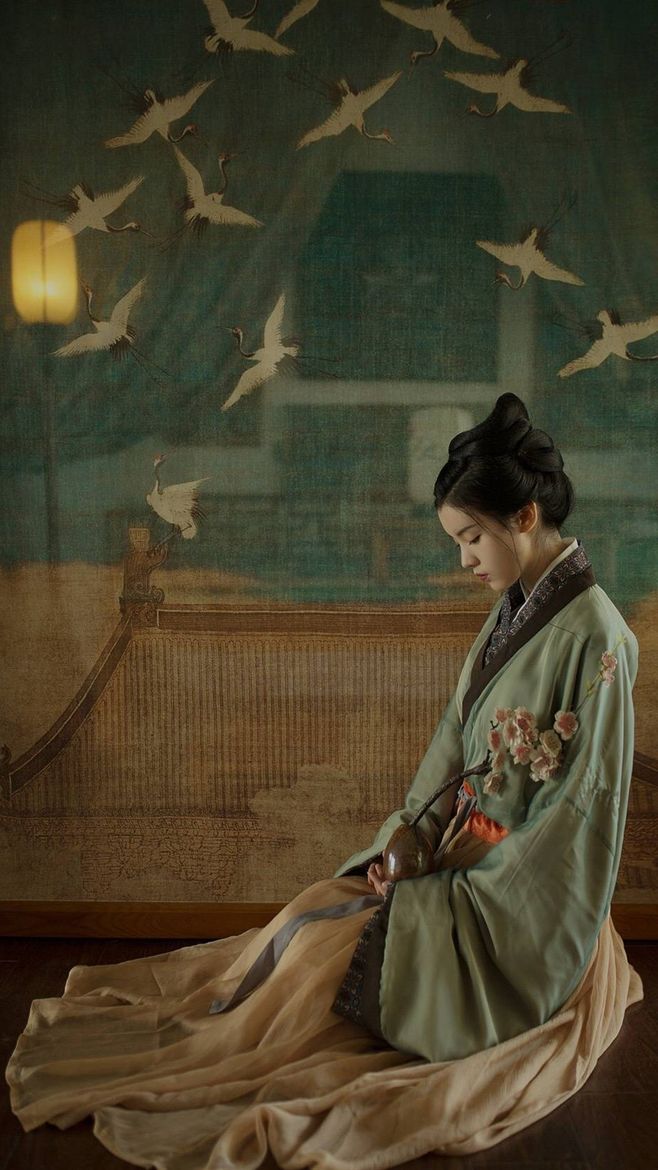
回廊远砌生秋草，梦魂千里青门道。